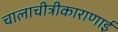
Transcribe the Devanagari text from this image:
चालाचीत्रीकाराणाई